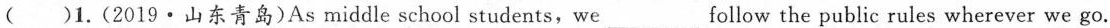
( )1.(2019·山东青岛)As middle school students,we___follow the public rules wherever we go.